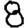
Digit: 8